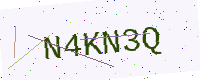
Text: N4KN3Q